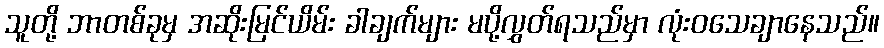
သူတို့ ဘာတစ်ခုမှ အဆိုးမြင်ယိမ်း ခါချက်များ မပို့လွှတ်ရသည်မှာ လုံးဝသေချာနေသည်။